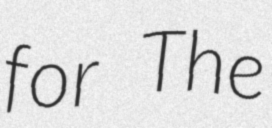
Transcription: for The